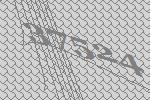
37524